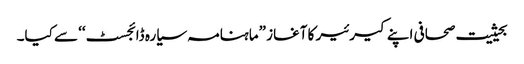
بحیثیت صحافی اپنے کیرئیر کا آغاز ”ماہنامہ سیارہ ڈائجسٹ‘‘ سے کیا۔